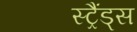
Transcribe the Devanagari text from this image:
स्ट्रैंड्स